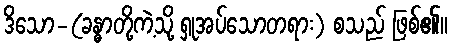
ဒိသော-(ခန္ဓာတို့ကဲ့သို့ ရှုအပ်သောတရား) စသည် ဖြစ်၏။